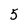
Character: 5